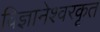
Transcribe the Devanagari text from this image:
विज्ञानेश्वरकृत